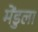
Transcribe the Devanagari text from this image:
मेंडुला